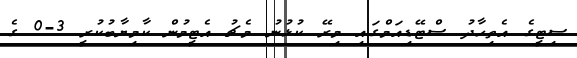
ސިޓީގެ އެތިހާދު ސްޓޭޑިއަމްގައި މިރޭ ކުޅުނު މެޗު އެޓީމުން ކާމިޔާބުކުރީ 3-0 ގެ